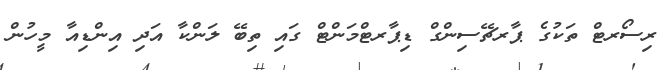
ރިސޯރޓް ތަކުގެ ޕާރޗޭސިންގް ޑިޕާރޓްމަންޓް ގައި ތިބޭ ލަންކާ އަދި އިންޑިއާ މީހުން